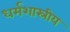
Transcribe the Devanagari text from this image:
धर्मशास्रीय